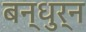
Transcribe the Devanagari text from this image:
बन्धुर्न